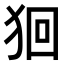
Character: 𤞑